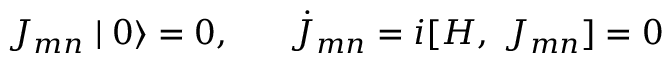
J _ { m n } \mid 0 \rangle = 0 , \; \; \; \; \; \; \dot { J } _ { m n } = i [ H , \; J _ { m n } ] = 0